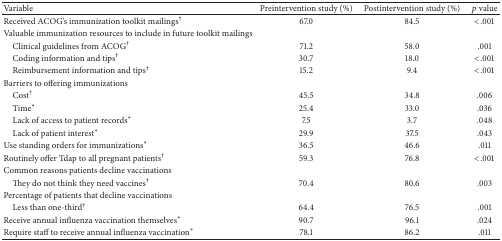
<table><thead><tr><td><b>Variable</b></td><td><b>Preintervention study (%)</b></td><td><b>Postintervention study (%)</b></td><td><b><i>p</i> value</b></td></tr></thead><tbody><tr><td>Received ACOG&#x27;s immunization toolkit mailings<sup>†</sup></td><td>67.0</td><td>84.5</td><td>&lt;.001</td></tr><tr><td>Valuable immunization resources to include in future toolkit mailings</td><td> </td><td> </td><td> </td></tr><tr><td> Clinical guidelines from ACOG<sup>†</sup></td><td>71.2</td><td>58.0</td><td>.001</td></tr><tr><td> Coding information and tips<sup>†</sup></td><td>30.7</td><td>18.0</td><td>&lt;.001</td></tr><tr><td> Reimbursement information and tips<sup>†</sup></td><td>15.2</td><td>9.4</td><td>&lt;.001</td></tr><tr><td>Barriers to offering immunizations</td><td> </td><td> </td><td> </td></tr><tr><td> Cost<sup>†</sup></td><td>45.5</td><td>34.8</td><td>.006</td></tr><tr><td> Time<sup><i>∗</i></sup></td><td>25.4</td><td>33.0</td><td>.036</td></tr><tr><td> Lack of access to patient records<sup><i>∗</i></sup></td><td>7.5</td><td>3.7</td><td>.048</td></tr><tr><td> Lack of patient interest<sup><i>∗</i></sup></td><td>29.9</td><td>37.5</td><td>.043</td></tr><tr><td>Use standing orders for immunizations<sup><i>∗</i></sup></td><td>36.5</td><td>46.6</td><td>.011</td></tr><tr><td>Routinely offer Tdap to all pregnant patients<sup>†</sup></td><td>59.3</td><td>76.8</td><td>&lt;.001</td></tr><tr><td>Common reasons patients decline vaccinations</td><td> </td><td> </td><td> </td></tr><tr><td> They do not think they need vaccines<sup>†</sup></td><td>70.4</td><td>80.6</td><td>.003</td></tr><tr><td>Percentage of patients that decline vaccinations</td><td> </td><td> </td><td> </td></tr><tr><td> Less than one-third<sup>†</sup></td><td>64.4</td><td>76.5</td><td>.001</td></tr><tr><td>Receive annual influenza vaccination themselves<sup><i>∗</i></sup></td><td>90.7</td><td>96.1</td><td>.024</td></tr><tr><td>Require staff to receive annual influenza vaccination<sup><i>∗</i></sup></td><td>78.1</td><td>86.2</td><td>.011</td></tr></tbody></table>